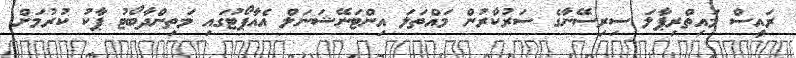
ރައީސް މައިތްރިޕާލަ ސިރިސޭނާގެ ސަރުކާރުން މައްތަލަ އިންޓަނޭޝަނަލް އެއާޕޯޓުގައި މަތިންދާބޯޓު ޕާކު ކުރުމަށް